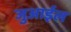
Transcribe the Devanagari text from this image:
जुआईल